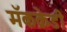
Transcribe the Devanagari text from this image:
मॅकक्रेडी